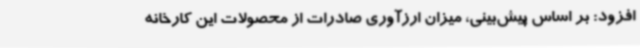
افزود: بر اساس پیش‌بینی، میزان ارزآوری صادرات از محصولات این کارخانه